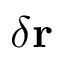
\delta \mathbf { r }